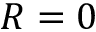
R = 0